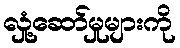
လှုံ့ဆော်မှုများကို